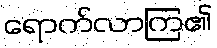
ရောက်လာကြ၏